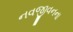
નવજીવનના